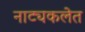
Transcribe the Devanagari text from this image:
नाट्यकलेत